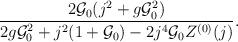
LaTeX: \begin{align*}\frac{2{\cal G}_0(j^2+g{\cal G}_0^2)}{2g{\cal G}_0^2+j^2(1+{\cal G}_0)-2j^4{\cal G}_0 Z^{(0)}(j)}.\end{align*}